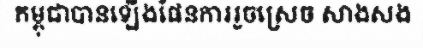
កម្ពុជាបានឡើងផែនការរួចស្រេច សាងសង